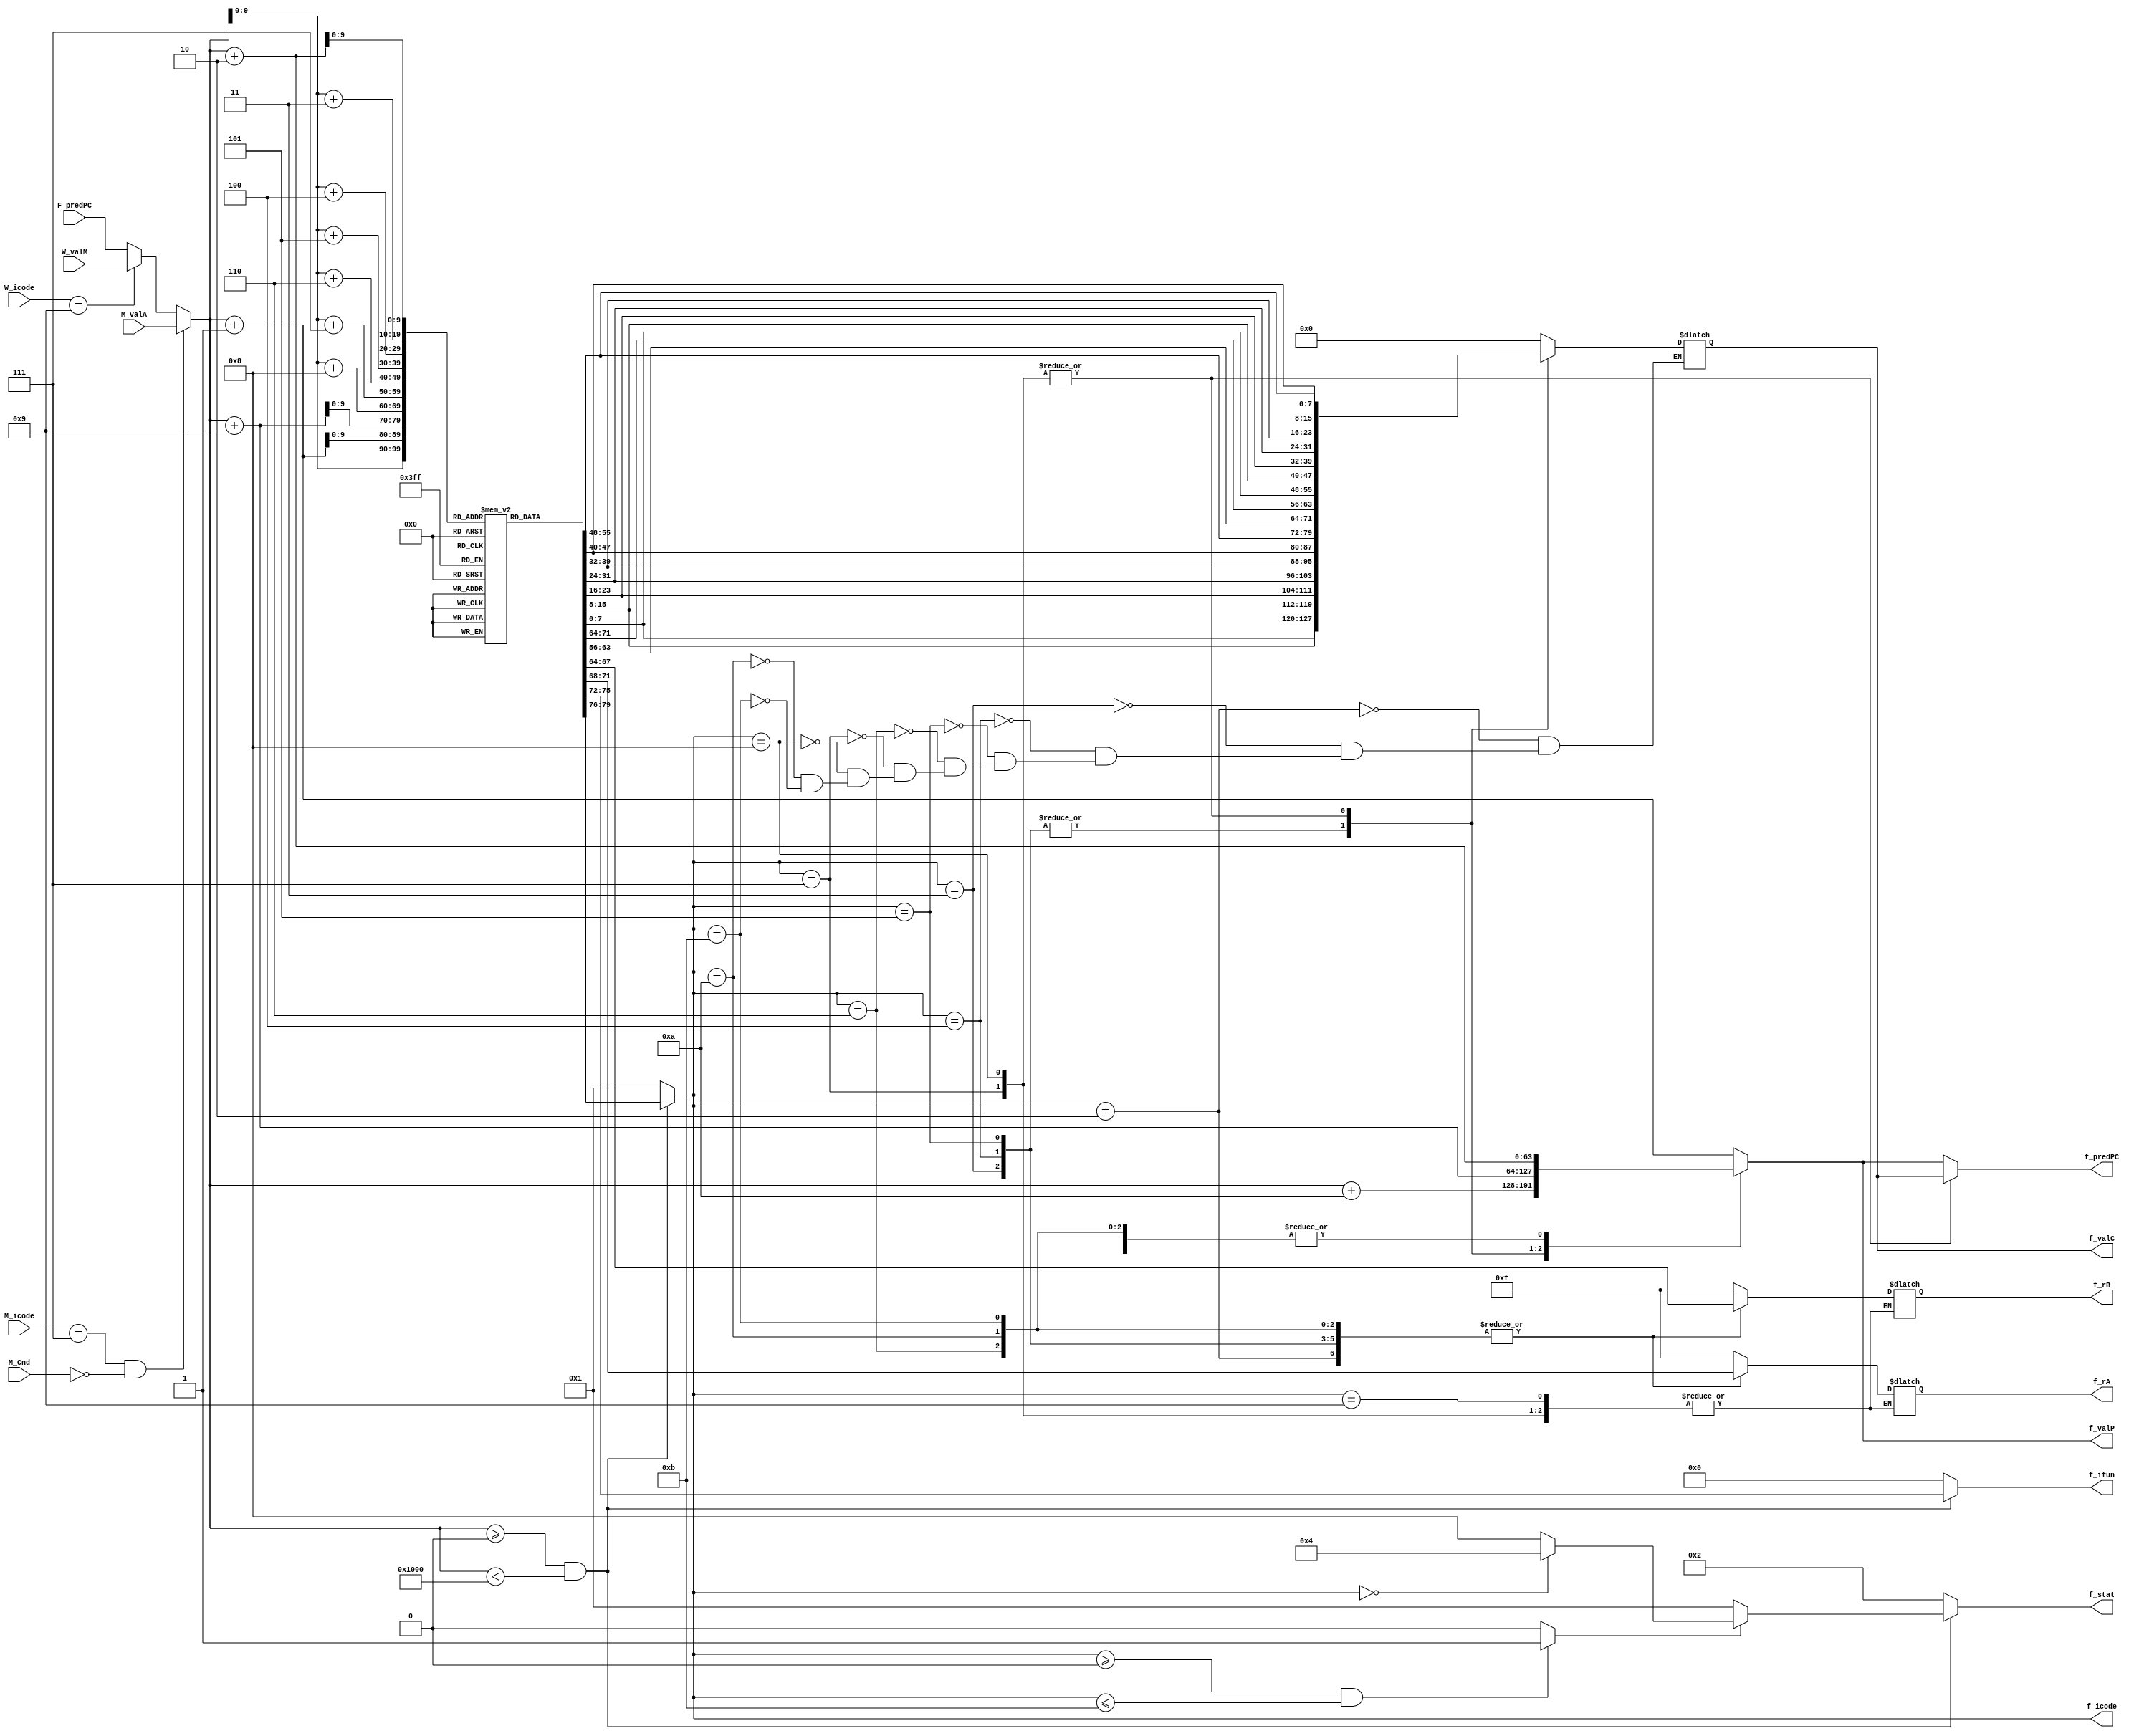
module fetch(F_predPC, M_icode, M_Cnd, M_valA, W_icode, W_valM, f_stat, f_icode, f_ifun, f_rA, f_rB, f_valC, f_valP, f_predPC);

    // inputs
    input [63:0] F_predPC;
    input [3:0] M_icode, W_icode;
    input M_Cnd;
    input signed [63:0] M_valA, W_valM;

    // outputs
    output reg [3:0] f_stat;
    output reg [3:0] f_icode, f_ifun;
    output reg [3:0] f_rA, f_rB;
    output reg signed [63:0] f_valC;
    output reg [63:0] f_valP;
    output reg [63:0] f_predPC;
    // output reg [3:0]Stat;
    // Setting up instruction memory
    reg [7:0] inst_mem[0:1023];

    initial begin
        inst_mem[0] = 8'h10;
        inst_mem[1] = 8'h10; //nop
        // inst_mem[2] = 8'h10; //halt

        inst_mem[2] = 8'h20; //rrmovq
        inst_mem[3] = 8'h12;
        // inst_mem[4]= 8'h00;

        inst_mem[4] = 8'h30; //irmovq
        inst_mem[5] = 8'hF2;
        inst_mem[6] = 8'h00;
        inst_mem[7] = 8'h00;
        inst_mem[8] = 8'h00;
        inst_mem[9] = 8'h00;
        inst_mem[10] = 8'h00;
        inst_mem[11] = 8'h00;
        inst_mem[12] = 8'h00;
        inst_mem[13] = 8'b00000010;
        // inst_mem[14]=8'h00;

        inst_mem[14] = 8'h40; //rmmovq
        inst_mem[15] = 8'h24;
        {inst_mem[16],inst_mem[17],inst_mem[18],inst_mem[19],inst_mem[20],inst_mem[21],inst_mem[22],inst_mem[23]} = 64'd1;
        // inst_mem[24]=8'h00;

        inst_mem[24] = 8'h40; //rmmovq
        inst_mem[25] = 8'h53;
        {inst_mem[26],inst_mem[27],inst_mem[28],inst_mem[29],inst_mem[30],inst_mem[31],inst_mem[32],inst_mem[33]} = 64'd0;
        // inst_mem[34] = 8'h00;
        inst_mem[34] = 8'h50; //mrmovq
        inst_mem[35] = 8'h53;
        {inst_mem[36],inst_mem[37],inst_mem[38],inst_mem[39],inst_mem[40],inst_mem[41],inst_mem[42],inst_mem[43]} = 64'd0;
        // inst_mem[44]=8'h00;

        inst_mem[44] = 8'h60; //opq
        inst_mem[45] = 8'h9A;
                // inst_mem[46]  = 8'h10; //nop
        // inst_mem[46] = 8'h00; //halt



        inst_mem[46] = 8'h73; //jmp
        // {inst_mem[47],inst_mem[48],inst_mem[49],inst_mem[50],inst_mem[51],inst_mem[52],inst_mem[53],inst_mem[54]} = 64'd56;
        inst_mem[54]=8'd56;
        {inst_mem[47],inst_mem[48],inst_mem[49],inst_mem[50],inst_mem[51],inst_mem[52],inst_mem[53]}=56'd0;

        inst_mem[55] = 8'h00; //halt

        inst_mem[56] = 8'hA0; // pushq
        inst_mem[57] = 8'h9F;

        inst_mem[58] = 8'hB0; //popq
        inst_mem[59] = 8'h9F;

        inst_mem[60] = 8'h80; //call
        {inst_mem[61],inst_mem[62],inst_mem[63],inst_mem[64],inst_mem[65],inst_mem[66],inst_mem[67],inst_mem[68]} = 64'd80;

        inst_mem[69] = 8'h60; //opq
        inst_mem[70] = 8'h56;

        // inst_mem[71] = 8'h00;
        inst_mem[71] = 8'h72; //jmp
        {inst_mem[72],inst_mem[73],inst_mem[74],inst_mem[75],inst_mem[76],inst_mem[77],inst_mem[78],inst_mem[79]} = 64'd46;

        // inst_mem[80]=8'h10;
        inst_mem[80] = 8'h63; //opq
        inst_mem[81] = 8'hDE;
        // inst_mem[80] = 8'h10;

        inst_mem[82]=8'h90;
    end


    // Select PC
    reg [63:0] PC;

    always @(*) 
    begin        
        if (M_icode == 7 && M_Cnd == 0) 
            begin
                PC <= M_valA;
            end
        else if (W_icode == 9) 
            begin    
                PC <= W_valM;
            end
        else 
            begin
                PC <= F_predPC;
            end
    end


    // Select f_icode, f_ifun, imem_error
    reg imem_error;

    always @(*) 
    begin
        if (PC >= 0 && PC < 4096) 
            begin 
                f_icode    <= inst_mem[PC][7:4];
                f_ifun     <= inst_mem[PC][3:0];
                imem_error <= 0;
            end
        else 
            begin
                f_icode    <= 1;
                f_ifun     <= 0;
                imem_error <= 1;
            end
    end

    // instr_valid flag
    reg instr_valid;
    
    always @(*) 
    begin
        if (f_icode >= 0 && f_icode <= 11) 
            begin
                instr_valid <= 1;
            end
        else 
            begin
                instr_valid <= 0;
            end
    end

    // Setting rA, rB, valC, valP
    always @(*) begin
        case (f_icode)
            4'h2: begin                 // cmov
                    f_rA            = inst_mem[PC + 1][7:4];
                    f_rB            = inst_mem[PC + 1][3:0];
                    f_valC          = 0;
                    f_valP          = PC + 2;
                end
            4'h3: begin                 // irmovq
                    f_rA            = inst_mem[PC + 1][7:4];
                    f_rB            = inst_mem[PC + 1][3:0];
                    f_valC          = {inst_mem[PC+2],inst_mem[PC+3],inst_mem[PC+4],inst_mem[PC+5],inst_mem[PC+6],inst_mem[PC+7],inst_mem[PC+8],inst_mem[PC+9]};
                    f_valP          = PC + 10;
                end
            4'h4: begin                 // rmmovq
                    f_rA            = inst_mem[PC + 1][7:4];
                    f_rB            = inst_mem[PC + 1][3:0];
                    f_valC          = {inst_mem[PC+2],inst_mem[PC+3],inst_mem[PC+4],inst_mem[PC+5],inst_mem[PC+6],inst_mem[PC+7],inst_mem[PC+8],inst_mem[PC+9]};
                    f_valP          = PC + 10;
                end
            4'h5: begin                 // mrmovq
                    f_rA            = inst_mem[PC + 1][7:4];
                    f_rB            = inst_mem[PC + 1][3:0];
                    f_valC          = {inst_mem[PC+2],inst_mem[PC+3],inst_mem[PC+4],inst_mem[PC+5],inst_mem[PC+6],inst_mem[PC+7],inst_mem[PC+8],inst_mem[PC+9]};
                    f_valP          = PC + 10;
                end
            4'h6: begin                 // OPq
                    f_rA            = inst_mem[PC + 1][7:4];
                    f_rB            = inst_mem[PC + 1][3:0];
                    f_valC          = 0;
                    f_valP          = PC + 2;
                end
            4'h7: begin                 // jxx
                    f_valC          = {inst_mem[PC+1],inst_mem[PC+2],inst_mem[PC+3],inst_mem[PC+4],inst_mem[PC+5],inst_mem[PC+6],inst_mem[PC+7],inst_mem[PC+8]};
                    f_valP          = PC + 9;
                end
            4'h8: begin                 // call
                    f_valC          = {inst_mem[PC+1],inst_mem[PC+2],inst_mem[PC+3],inst_mem[PC+4],inst_mem[PC+5],inst_mem[PC+6],inst_mem[PC+7],inst_mem[PC+8]};
                    f_valP          = PC + 9;
                end
            4'h9: begin                 // ret
                    f_valP          = PC + 1; 
                end
            4'hA: begin                 // pushq
                    f_rA    = inst_mem[PC + 1][7:4];
                    f_rB    = inst_mem[PC + 1][3:0];
                    f_valC  = 0;
                    f_valP  = PC + 2;
                end
            4'hB: begin                 // popq
                    f_rA    = inst_mem[PC + 1][7:4];
                    f_rB    = inst_mem[PC + 1][3:0];
                    f_valC  = 0;
                    f_valP  = PC + 2;
                end
            
            default: begin
                    f_rA    <= 15;
                    f_rB    <= 15;
                    f_valP  <= PC + 1;
                end 
        endcase
    end

    // Predicting the PC
    always @(*) begin 
        case (f_icode)
            4'h7:   f_predPC <= f_valC;
            4'h8:   f_predPC <= f_valC; 
            default:f_predPC <= f_valP;
        endcase
    end

    // Generating Stat Codes
    always @(*) 
    begin
        if (imem_error == 1) 
            begin
                f_stat <= 4'b0010;
            end 
        else if (instr_valid == 0) 
            begin
                f_stat <= 4'b0001;
            end
        else if (f_icode == 0) 
            begin
                f_stat <= 4'b0100;
            end
        else 
            begin
                f_stat <= 4'b1000;
            end
    end

endmodule